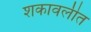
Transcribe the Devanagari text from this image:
शकावलीत